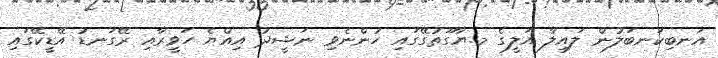
އަނބިކަނބަލުން ލައިލާ އަލީގެ މ.ޔާގޫތުގޭގައި ހުންނެވި ނަޝީދު އިއްޔެ ހަވީރާއި ރޭގަނޑު އޭޑީކޭގައި